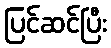
ပြင်ဆင်ပြီး